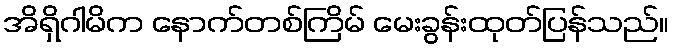
အိရှိဂါမိက နောက်တစ်ကြိမ် မေးခွန်းထုတ်ပြန်သည်။